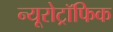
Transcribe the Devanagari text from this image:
न्यूरोट्रॉफिक